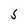
Character: 5